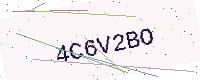
Text: 4C6V2BO